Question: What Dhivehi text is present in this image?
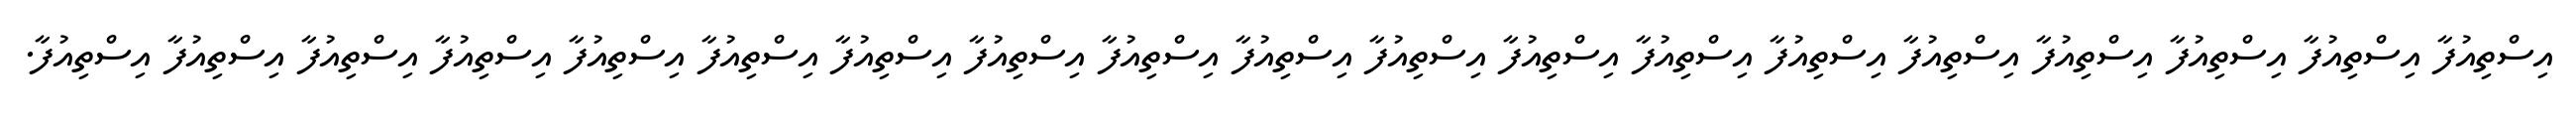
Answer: އިސްތިއުފާ އިސްތިއުފާ އިސްތިއުފާ އިސްތިއުފާ އިސްތިއުފާ އިސްތިއުފާ އިސްތިއުފާ އިސްތިއުފާ އިސްތިއުފާ އިސްތިއުފާ އިސްތިއުފާ އިސްތިއުފާ އިސްތިއުފާ އިސްތިއުފާ އިސްތިއުފާ އިސްތިއުފާ އިސްތިއުފާ އިސްތިއުފާ އިސްތިއުފާ.